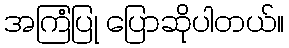
အကြံပြု ပြောဆိုပါတယ်။